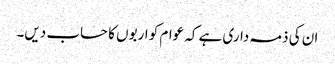
ان کی ذمہ داری ہے کہ عوام کو اربوں کا حساب دیں۔